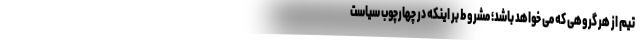
تیم از هر گروهی که می خواهد باشد؛ مشروط بر اینکه در چهارچوب سیاست